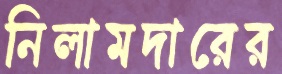
নিলামদারের